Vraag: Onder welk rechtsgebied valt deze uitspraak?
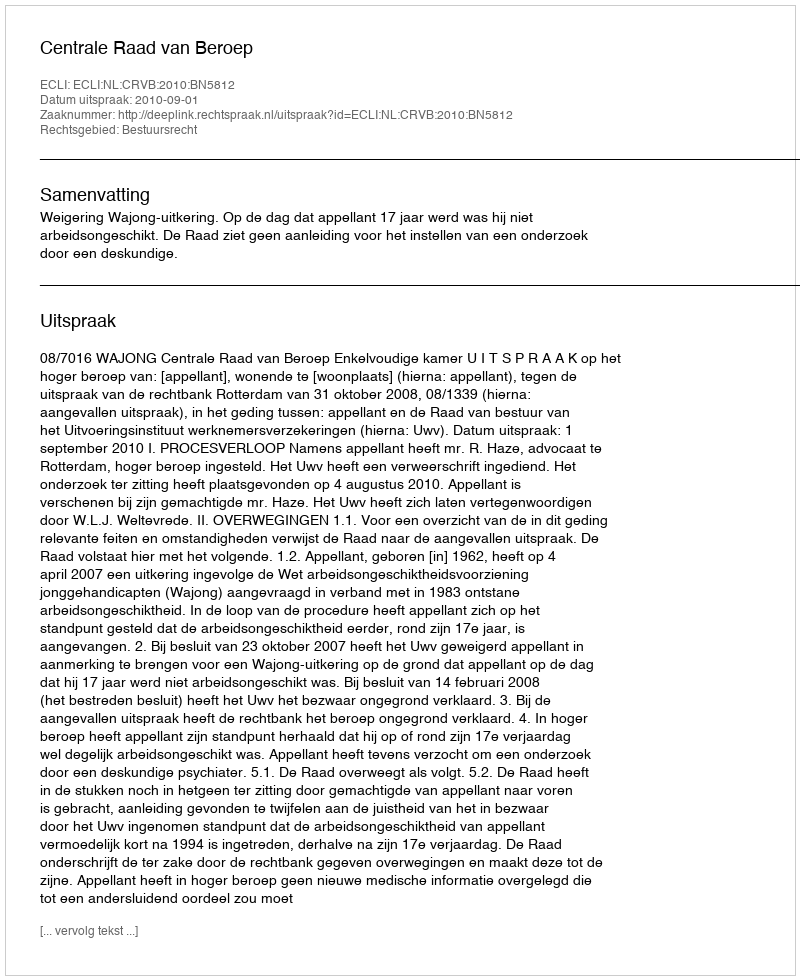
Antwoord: Bestuursrecht